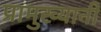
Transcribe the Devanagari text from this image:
प्रामुख्यानी